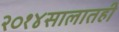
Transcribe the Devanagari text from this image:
२०१४सालातही